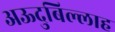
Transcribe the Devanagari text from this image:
अऊदुबिल्लाह